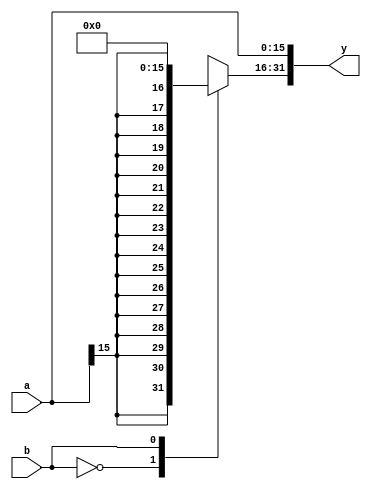
`timescale 1ns / 1ps
//////////////////////////////////////////////////////////////////////////////////
// Company: 
// Engineer: 
// 
// Design Name: 
// Module Name: signext
// Project Name: 
// Target Devices: 
// Tool Versions: 
// Description: 
// 
// Dependencies: 
// 
// Revision:
// Revision 0.01 - File Created
// Additional Comments:
// 
//////////////////////////////////////////////////////////////////////////////////


module signext (
    input  wire [15:0] a,
    input  wire        b,
    output wire [31:0] y
);

reg [15:0] sigs;

assign y[15:0] = a;
assign y[31:16] = sigs;

always @(*)
case (b)
    1'b0:    sigs = {16{a[15]}};
    1'b1:    sigs = 16'b0;
    default: sigs = 16'b0;
endcase

endmodule